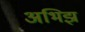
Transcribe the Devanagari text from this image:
अभिझ